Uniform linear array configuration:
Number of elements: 24
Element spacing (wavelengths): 0.75
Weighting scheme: hamming
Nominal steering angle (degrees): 0
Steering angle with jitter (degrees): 0.6256
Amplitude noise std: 0.05
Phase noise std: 0.05

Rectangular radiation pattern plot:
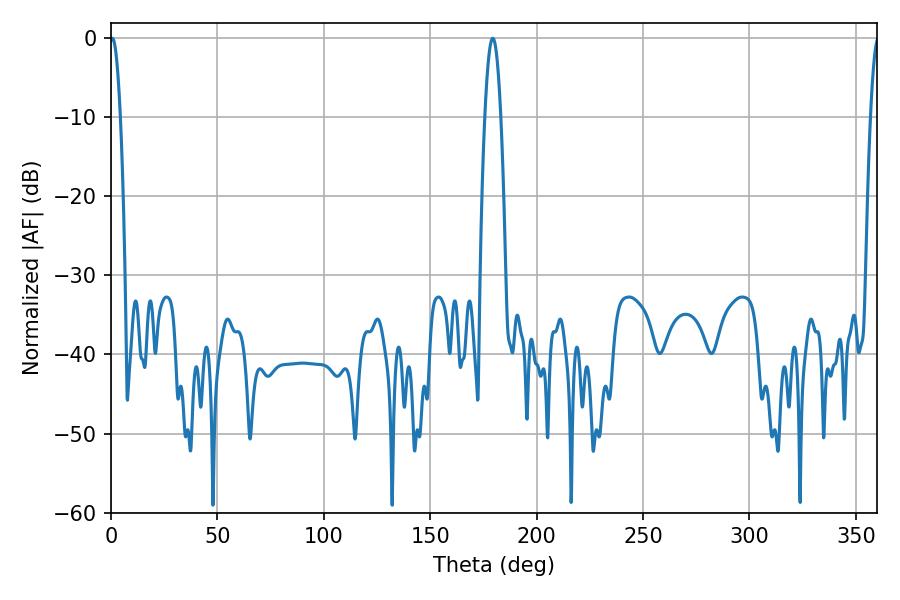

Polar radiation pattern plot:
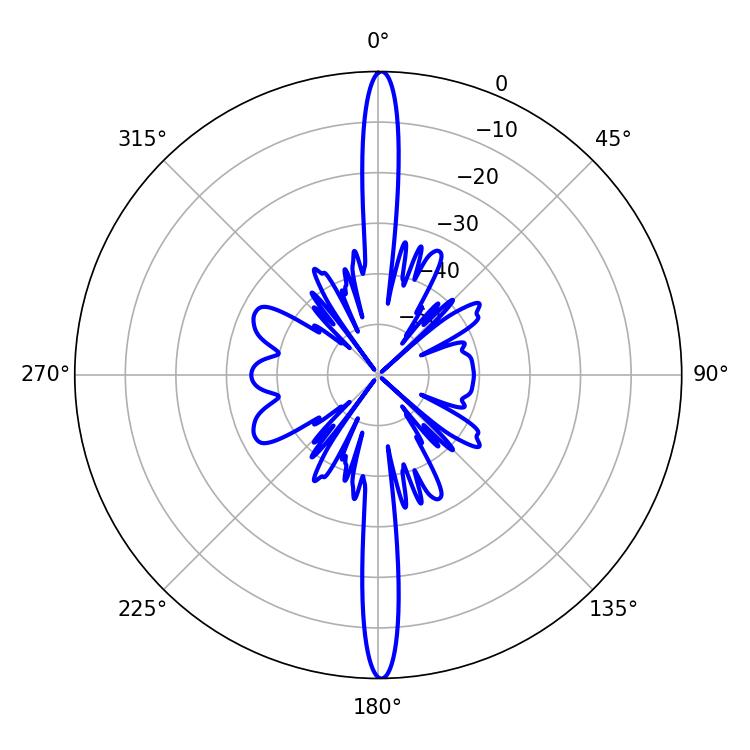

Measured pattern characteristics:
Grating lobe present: TRUE
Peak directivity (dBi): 31.291
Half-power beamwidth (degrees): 2.7
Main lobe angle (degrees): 0.54